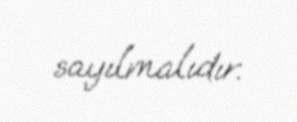
sayılmalıdır.